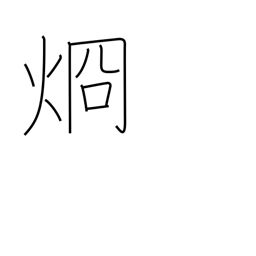
Meaning: clear